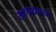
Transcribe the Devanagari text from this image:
स्वाश्रयाच्या